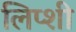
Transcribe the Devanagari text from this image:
लिप्शी